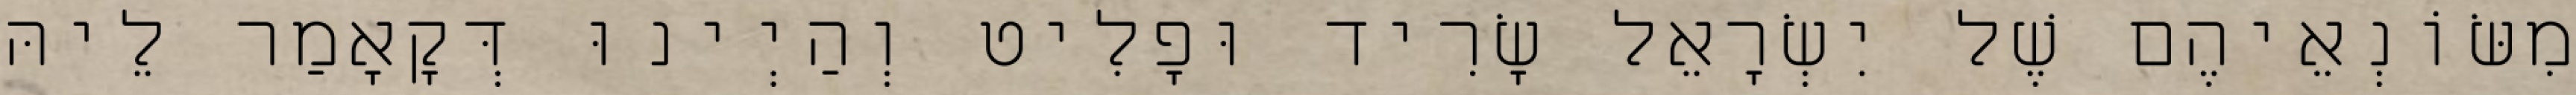
מִשּׂוֹנְאֵיהֶם שֶׁל יִשְׂרָאֵל שָׂרִיד וּפָלִיט וְהַיְינוּ דְּקָאָמַר לֵיהּ